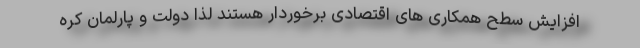
افزایش سطح همکاری های اقتصادی برخوردار هستند لذا دولت و پارلمان کره